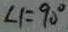
\angle 1 = 9 0 ^ { \circ }